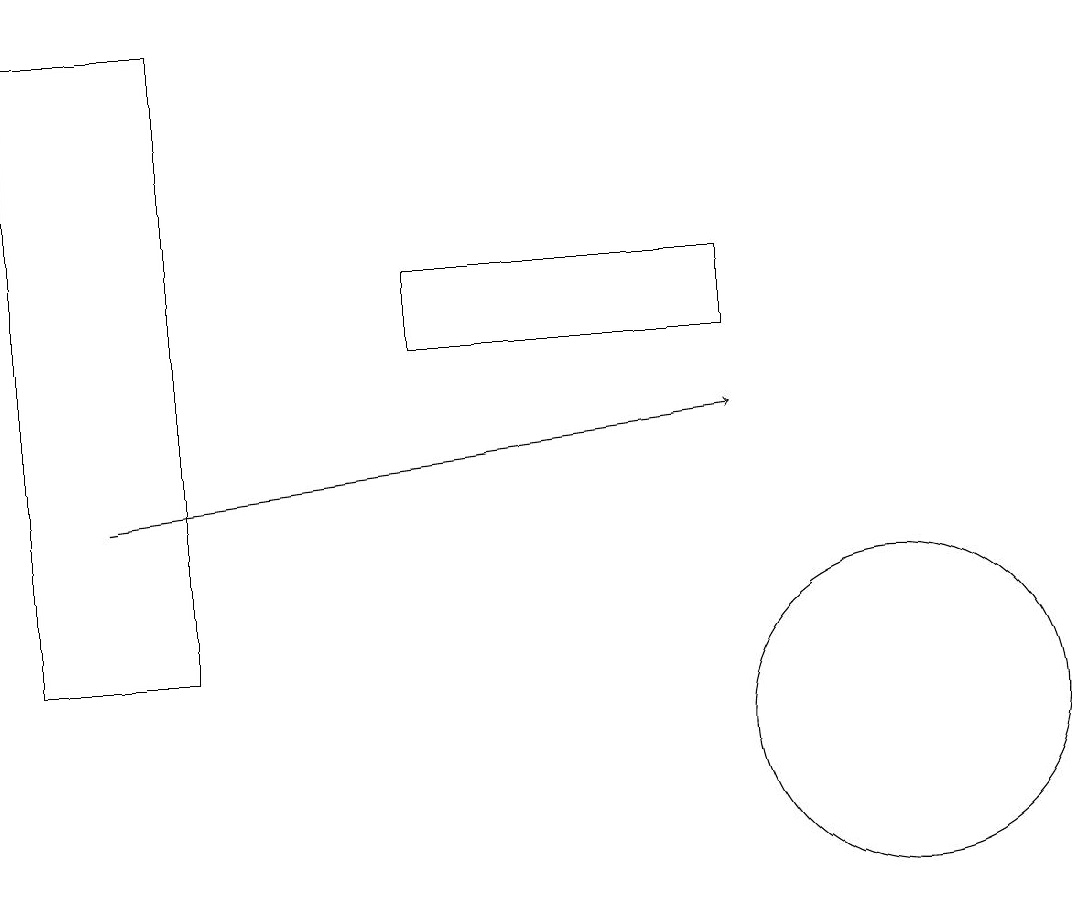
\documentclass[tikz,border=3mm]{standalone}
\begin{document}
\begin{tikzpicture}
\draw (2,19) rectangle (0,11);
\draw (11,10) circle (2);
\draw[->] (1,13) -- (9,14);
\draw (9,15) rectangle (5,16);
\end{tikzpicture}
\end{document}